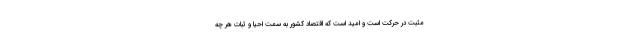
مثبت در حرکت است و امید است که اقتصاد کشور به سمت احیا و ثبات هر چه